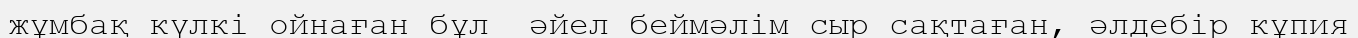
жұмбақ күлкі ойнаған бұл  әйел беймәлім сыр сақтаған, әлдебір кұпия